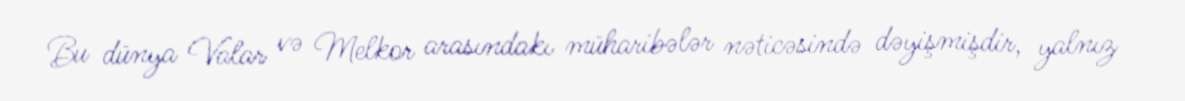
Bu dünya Valar və Melkor arasındakı müharibələr nəticəsində dəyişmişdir, yalnız